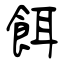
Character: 餌